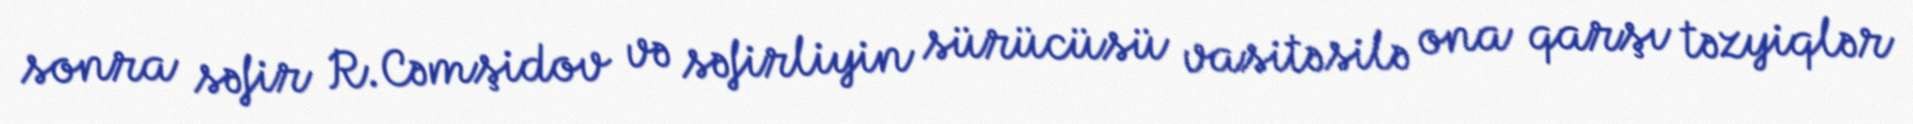
sonra səfir R.Cəmşidov və səfirliyin sürücüsü vasitəsilə ona qarşı təzyiqlər